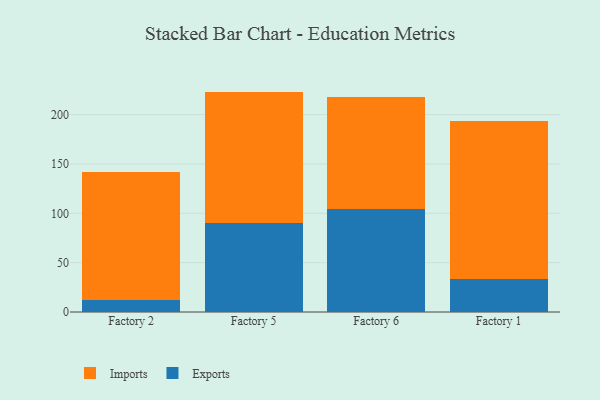
{"axis": {"x": "Factory", "y": "Page Views"}, "legend": ["Exports", "Imports"], "data": [{"x": "Factory 2", "y": 12.2, "type": "Exports"}, {"x": "Factory 2", "y": 129.3, "type": "Imports"}, {"x": "Factory 5", "y": 90.1, "type": "Exports"}, {"x": "Factory 5", "y": 133.2, "type": "Imports"}, {"x": "Factory 6", "y": 104.6, "type": "Exports"}, {"x": "Factory 6", "y": 112.8, "type": "Imports"}, {"x": "Factory 1", "y": 33.9, "type": "Exports"}, {"x": "Factory 1", "y": 159.2, "type": "Imports"}]}